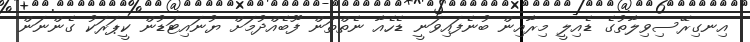
އިނގިރޭސިވިލާތުގެ ޑެއިލީ މިރާއިން ބުނެފައިވަނީ ޑެހެއާ ނެތްތަން ފޫބެއްދުމަށް ޔުނައިޓަޑުން ކީޕަރަކު ގެންނަން